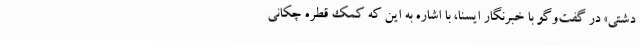
دشتی» در گفت‌وگو با خبرنگار ایسنا، با اشاره به این که کمک قطره چکانی